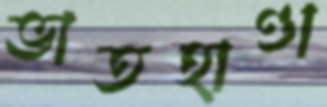
ভাতহাণ্ডা